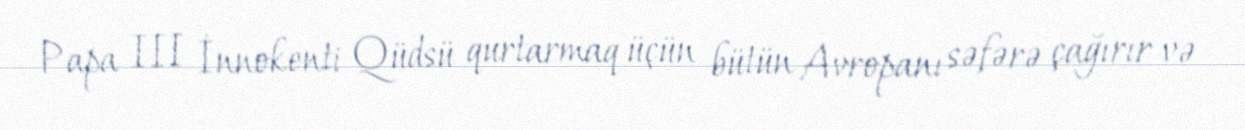
Papa III İnnokenti Qüdsü qurtarmaq üçün bütün Avropanı səfərə çağırır və